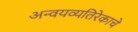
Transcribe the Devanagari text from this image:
अन्वयव्यतिरेकाचे